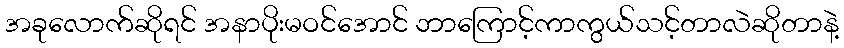
အခုလောက်ဆိုရင် အနာပိုးမဝင်အောင် ဘာကြောင့်ကာကွယ်သင့်တာလဲဆိုတာနဲ့